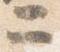
ニ